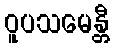
ဝူပသမေန္တီ